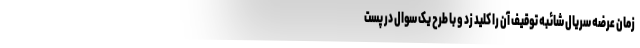
زمان عرضه سریال شائبه توقیف آن را کلید زد و با طرح یک سوال در پست